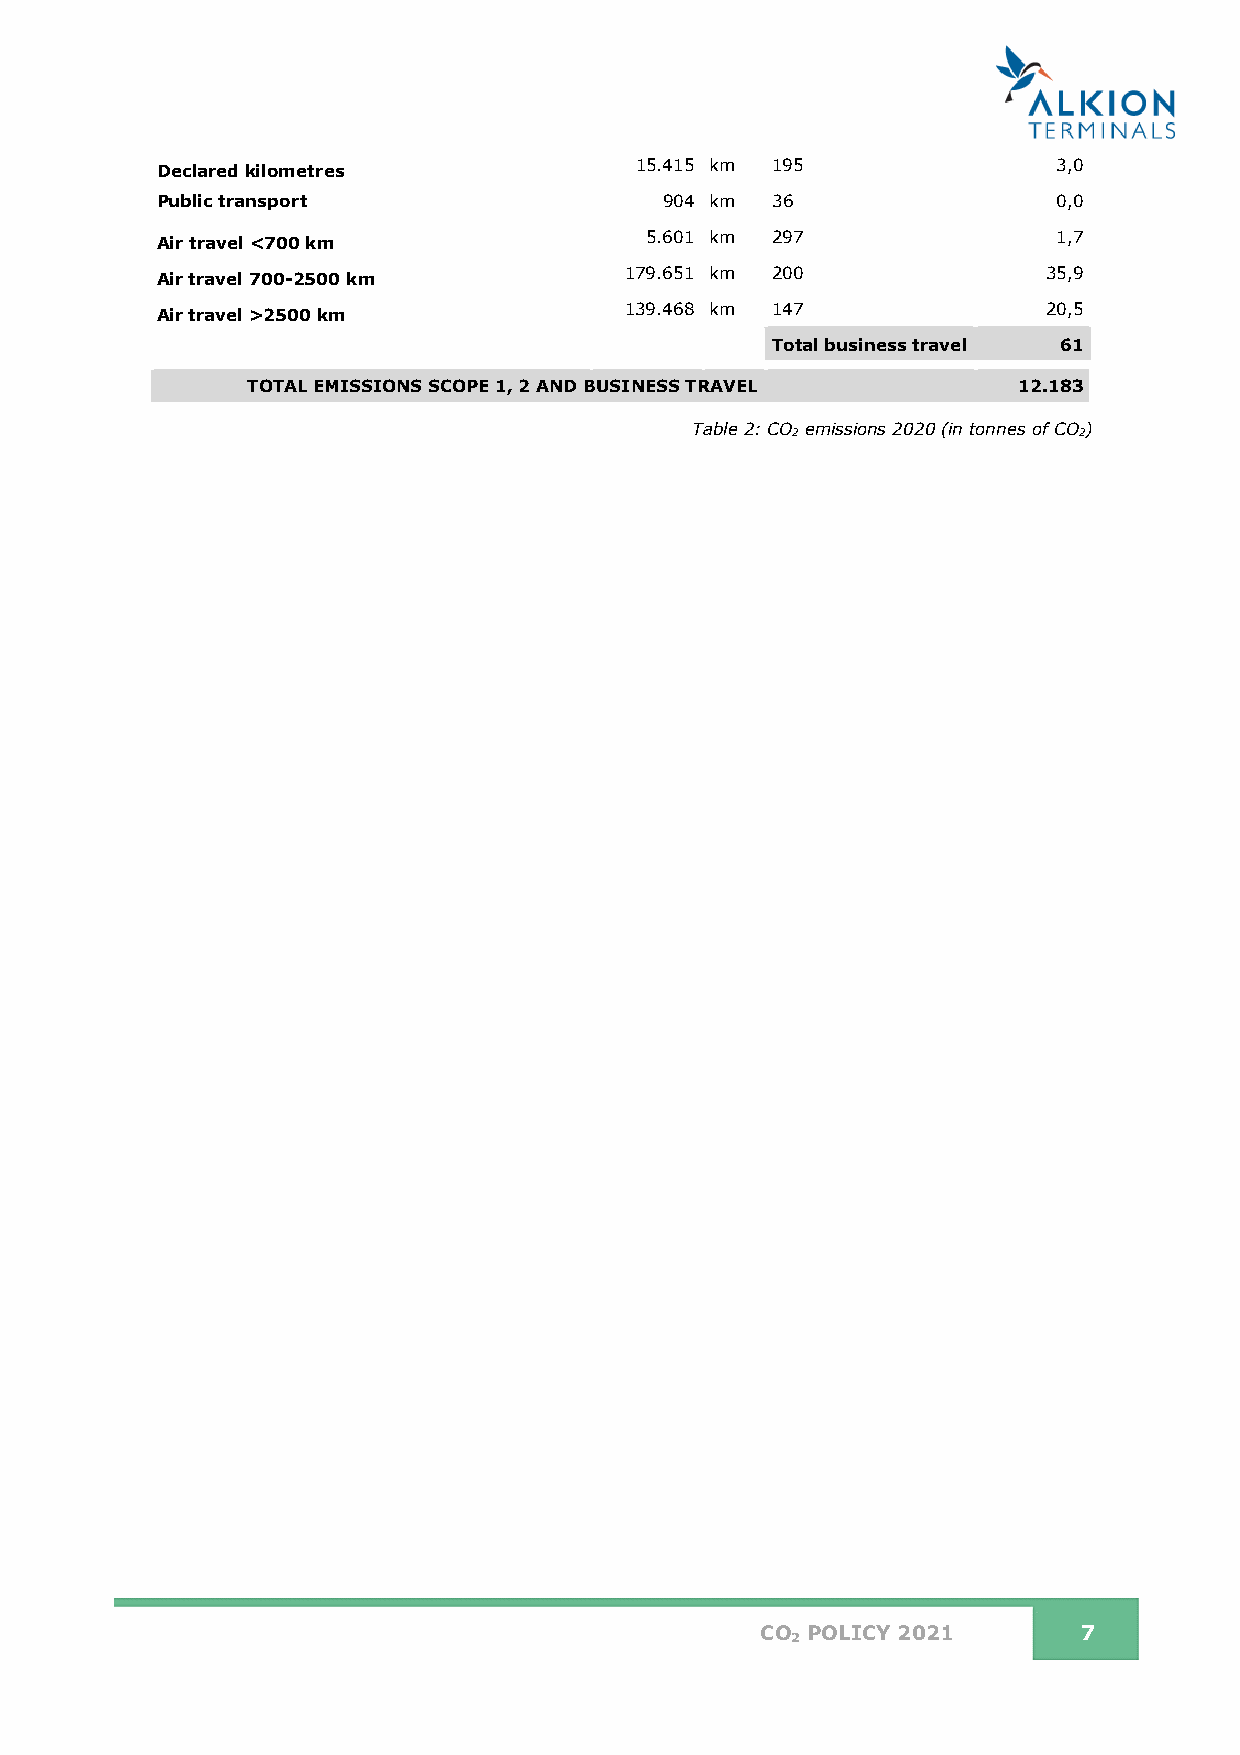
Declared kilometres             15.415 km 195               3,0
 Public transport                  904 km 36                 0,0
 5.601 km 297               1,7
 Air travel <700 km
 Air travel 700-2500 km         179.651 km 200              35,9
 Air travel >2500 km            139.468 km 147              20,5
 Total business travel 61
 TOTAL EMISSIONS SCOPE 1, 2 AND BUSINESS TRAVEL     12.183
 Table 2: CO2 emissions 2020 (in tonnes of CO2)
 CO POLICY 2021        7
 2